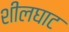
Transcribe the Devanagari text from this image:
शीलघाट